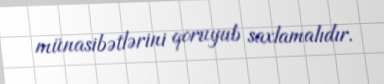
münasibətlərini qoruyub saxlamalıdır.